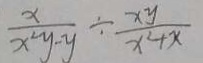
\frac { x } { x ^ { 2 } y - y } \div \frac { x y } { x ^ { 2 } + x }